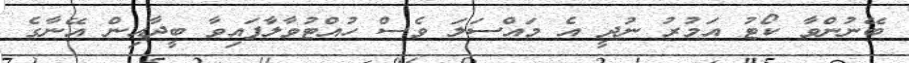
ބޭނުންވާ ކޯޓު އަމުރު ނުދީ އެ މައްސަލަ ވެސް ހުއްޓުވާލާފައިވާ ބީދާއިން އޭނާގެ